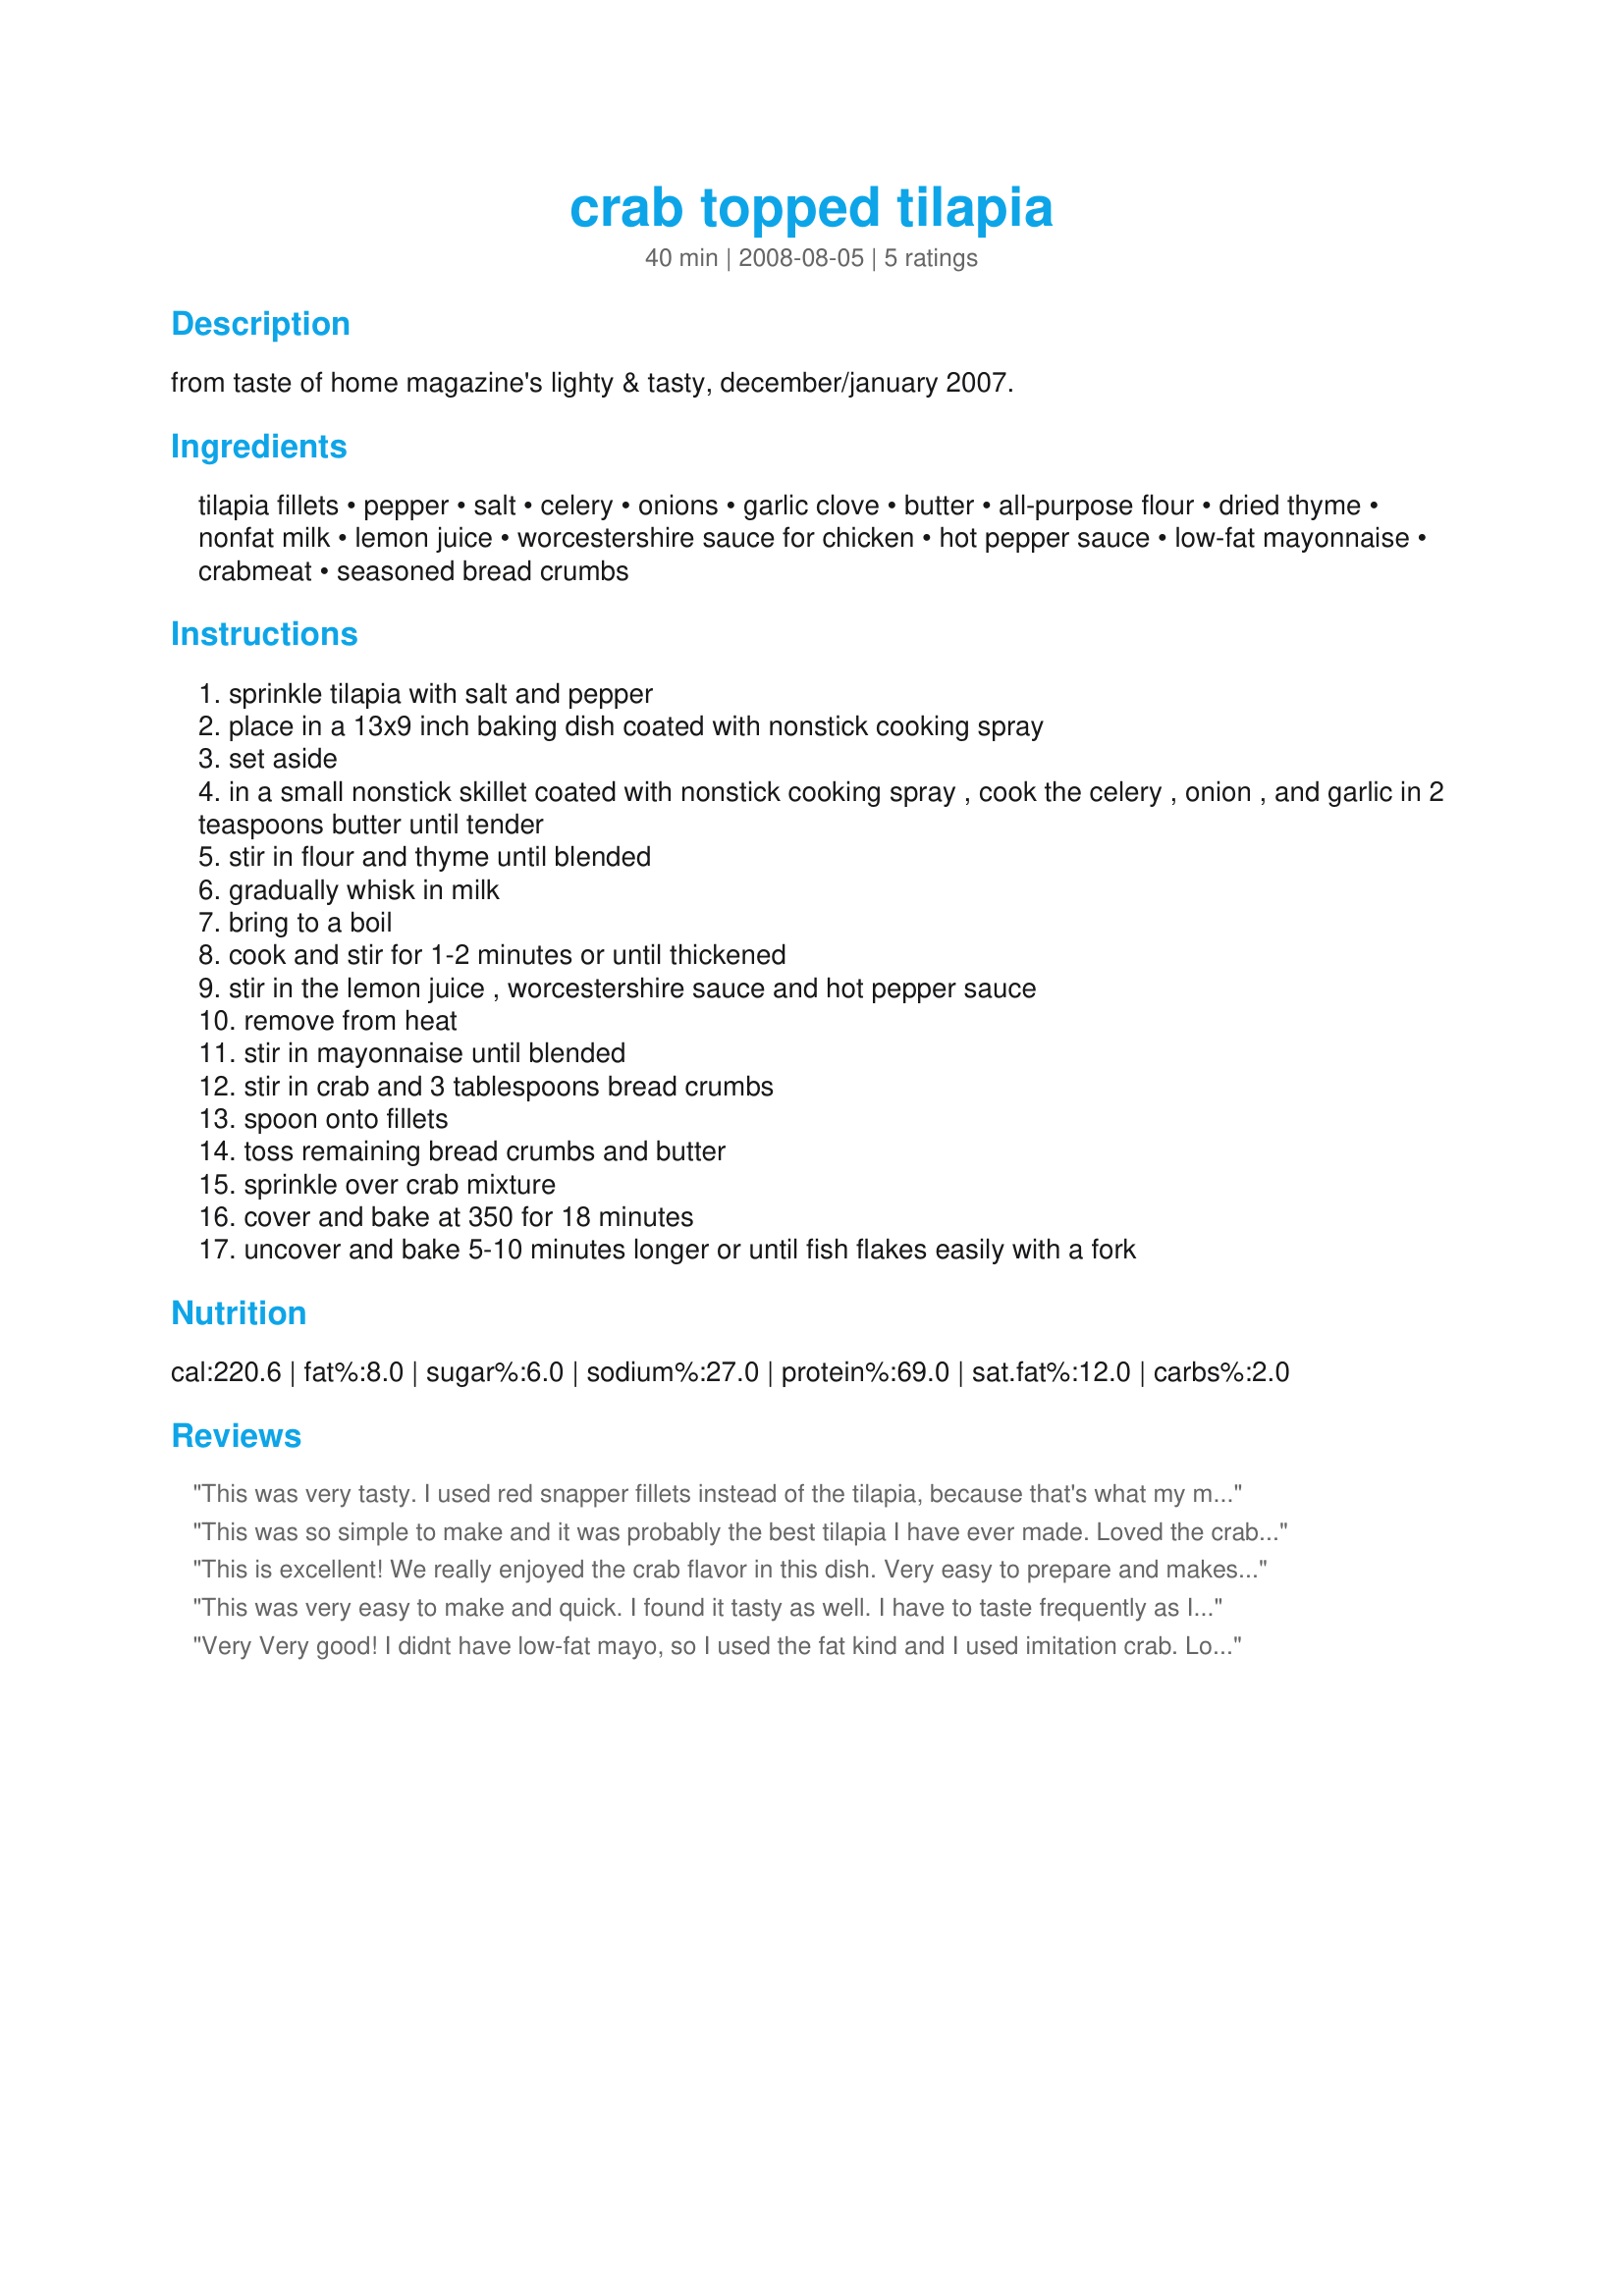
crab topped tilapia
Preparation time: 40 minutes

from taste of home magazine's lighty & tasty, december/january 2007.

Ingredients:
tilapia fillets, pepper, salt, celery, onions, garlic clove, butter, all-purpose flour, dried thyme, nonfat milk, lemon juice, worcestershire sauce for chicken, hot pepper sauce, low-fat mayonnaise, crabmeat, seasoned bread crumbs

Steps:
sprinkle tilapia with salt and pepper
place in a 13x9 inch baking dish coated with nonstick cooking spray
set aside
in a small nonstick skillet coated with nonstick cooking spray , cook the celery , onion , and garlic in 2 teaspoons butter until tender
stir in flour and thyme until blended
gradually whisk in milk
bring to a boil
cook and stir for 1-2 minutes or until thickened
stir in the lemon juice , worcestershire sauce and hot pepper sauce
remove from heat
stir in mayonnaise until blended
stir in crab and 3 tablespoons bread crumbs
spoon onto fillets
toss remaining bread crumbs and butter
sprinkle over crab mixture
cover and bake at 350 for 18 minutes
uncover and bake 5-10 minutes longer or until fish flakes easily with a fork

Reviews:
This was very tasty. I used red snapper fillets instead of the tilapia, because that's what my market had. The only change I might make for next time is to use green onion instead of yellow, or perhaps add some diced red bell pepper, just to give the stuffing a little color. Made for TYM tag game. :)
This was so simple to make and it was probably the best tilapia I have ever made. Loved the crab topping.
This is excellent! We really enjoyed the crab flavor in this dish. Very easy to prepare and makes a great plate presentation. I cut the recipe in half and used rice milk due to DH allergy. This is a keeper. Thanks for posting. :)
This was very easy to make and quick. I found it tasty as well. I have to taste frequently as I am cooking and I did add more seasoning than which the recipe calls. We like it spicy but not just with heat. Since I am from the south, I did add more of New Orleans spin on it by adding Emril's Essence. The next time that I make this I may add a table spoon or so of green pepper. The problems that I had were of my making as I had bought a bag of franken fish, that were all different sizes and thickness. But hey it was really inexpensive. So save your self from my mistakes and buy fish that are all the same weight, thickness and size. This is a keeper and thank you for sharing.
Very Very good! I didnt have low-fat mayo, so I used the fat kind and I used imitation crab. Loved it, thanks!
